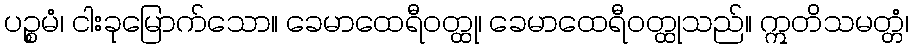
ပဉ္စမံ၊ ငါးခုမြောက်သော။ ခေမာထေရီဝတ္ထု၊ ခေမာထေရီဝတ္ထုသည်။ ဣတိသမတ္တံ၊